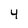
Character: 4